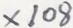
\times 1 0 8